65_HS1-834228961_62-HQ-83894_Section_3
Agency: FBI
Page 150
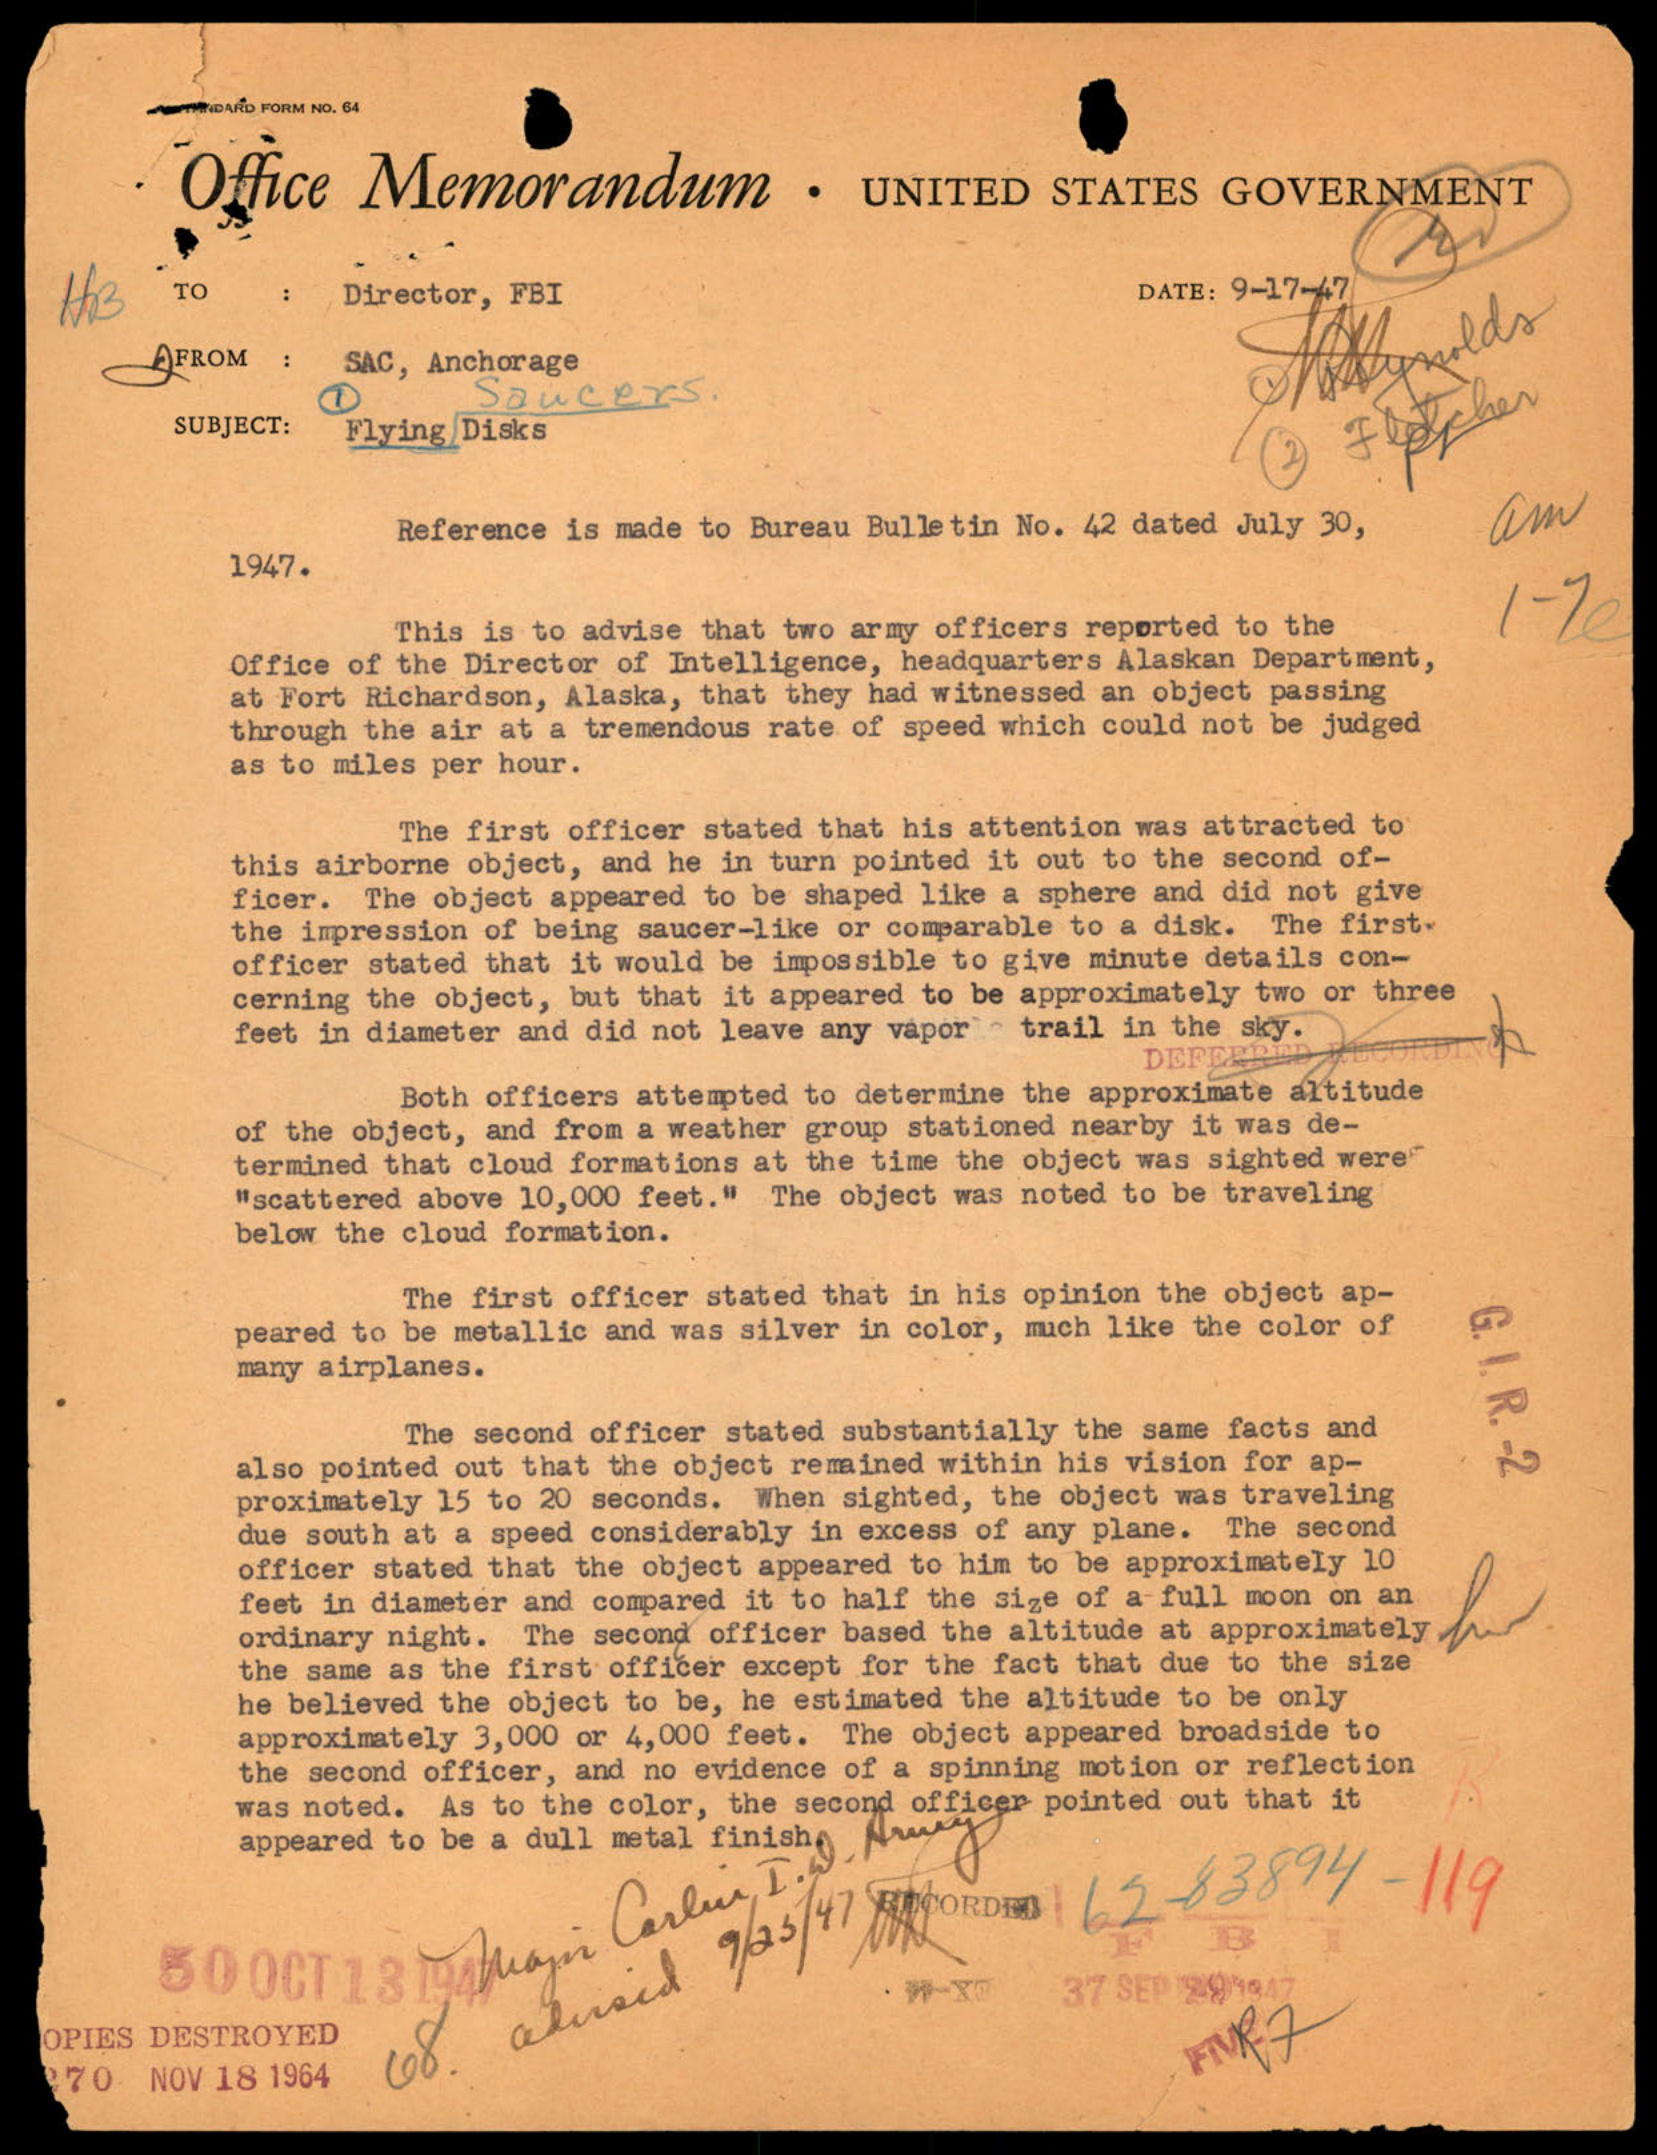